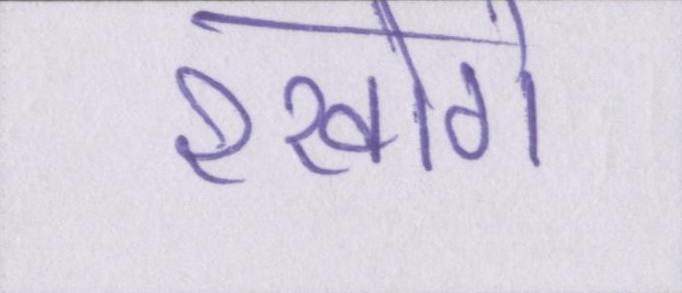
रखोगे